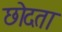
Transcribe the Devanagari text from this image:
छोदता